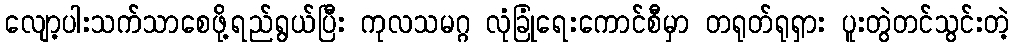
လျော့ပါးသက်သာစေဖို့ရည်ရွယ်ပြီး ကုလသမဂ္ဂ လုံခြုံရေးကောင်စီမှာ တရုတ်ရုရှား ပူးတွဲတင်သွင်းတဲ့